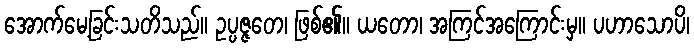
အောက်မေ့ခြင်းသတိသည်။ ဥပ္ပဇ္ဇတေ၊ ဖြစ်၏။ ယတော၊ အကြင်အကြောင်းမှ။ ပဟာသောပိ၊